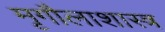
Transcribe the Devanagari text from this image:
मृगौलाशास्त्र